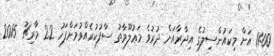
11:00 އަށް މިކައުންސިލުގެ އިދާރާއަށް ދުރުވެ މަޢުލޫމާތު ސާފުކުރެއްވުމަށްފަހު 22 މާރިޗު 2015